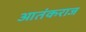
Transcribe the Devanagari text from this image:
आतंकराज